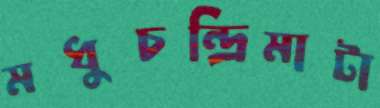
মধুচন্দ্রিমাটা